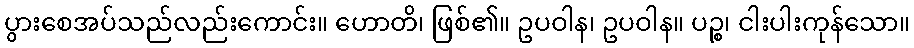
ပွားစေအပ်သည်လည်းကောင်း။ ဟောတိ၊ ဖြစ်၏။ ဥပဝါန၊ ဥပဝါန။ ပဉ္စ၊ ငါးပါးကုန်သော။